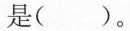
是( )。